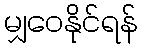
မျှဝေနိုင်ရန်